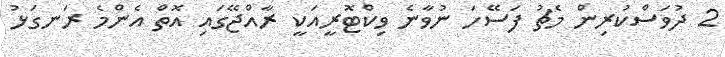
2 ދުވަަސްކުރިން މެޗު ފަސޭހަ ނުވާނެ ވިކްޓޮރީއަކީ ރާއްޖޭގައި އޮތް އެންމެ ރަނގަޅު